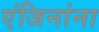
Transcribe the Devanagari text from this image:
एंजिनांना